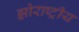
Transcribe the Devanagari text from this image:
झोराष्ट्रीय